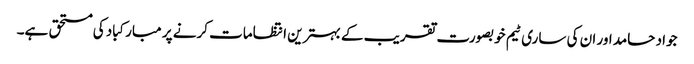
جواد حامد اور ان کی ساری ٹیم خوبصورت تقریب کے بہترین انتظامات کرنے پر مبارکباد کی مستحق ہے۔